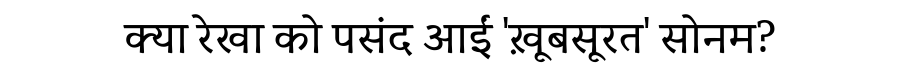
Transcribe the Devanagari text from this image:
क्या रेखा को पसंद आईं 'ख़ूबसूरत' सोनम?